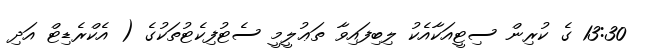
13:30 ގެ ކުރިން ސިޓީއަކާއެކު ލިބިފައިވާ ތަޢުލީމީ ސެޓުފިކެޓުތަކުގެ ( އެކްރެޑިޓް އަދި